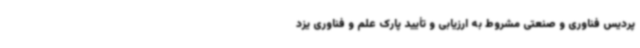
پردیس فناوری و صنعتی مشروط به ارزیابی و تأیید پارک علم و فناوری یزد